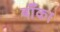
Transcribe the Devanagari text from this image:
बॉँका